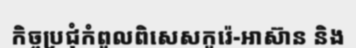
កិច្ចប្រជុំកំពូលពិសេសកូរ៉េ-អាស៊ាន និង